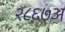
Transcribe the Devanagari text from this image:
२८६७अ